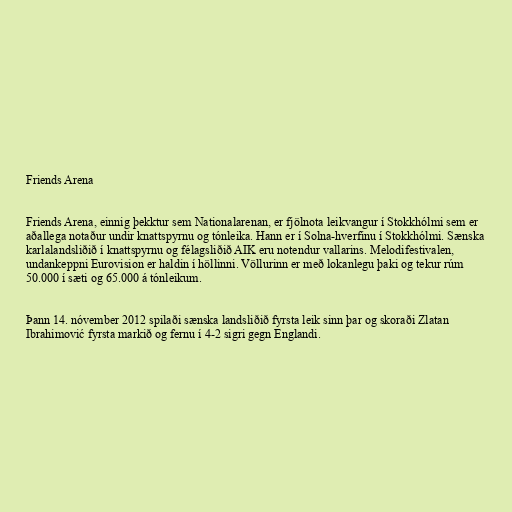
Friends Arena

Friends Arena, einnig þekktur sem Nationalarenan, er fjölnota leikvangur í Stokkhólmi sem er
aðallega notaður undir knattspyrnu og tónleika. Hann er í Solna-hverfinu í Stokkhólmi. Sænska
karlalandsliðið í knattspyrnu og félagsliðið AIK eru notendur vallarins. Melodifestivalen,
undankeppni Eurovision er haldin í höllinni. Völlurinn er með lokanlegu þaki og tekur rúm
50.000 í sæti og 65.000 á tónleikum.

Þann 14. nóvember 2012 spilaði sænska landsliðið fyrsta leik sinn þar og skoraði Zlatan
Ibrahimović fyrsta markið og fernu í 4-2 sigri gegn Englandi.